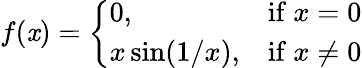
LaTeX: f(\mathit{x})={\left\{ \begin{array}{ll}{0,}&{{\mathrm{if~}}x=0}\\ {x\sin(1/x),}&{{\mathrm{if~}}x\neq 0}\end{array}\right.}